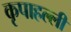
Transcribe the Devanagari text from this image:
कृपाहल्ली